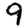
Digit: 9